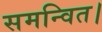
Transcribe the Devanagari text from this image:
समन्वित।